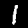
Digit: 1